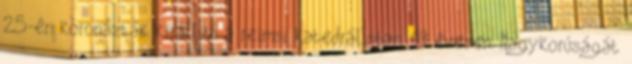
25-én koronázták királlyá a reimsi katedrálisban, 13 évesen. Nagykorúságát